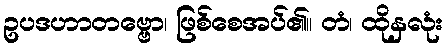
ဥပဒဟာတဗ္ဗော၊ ဖြစ်စေအပ်၏။ တံ၊ ထိုနှလုံး